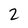
Character: 2